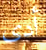
أدى